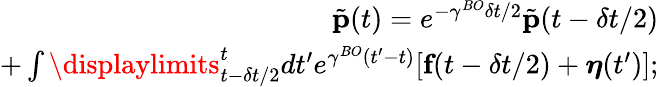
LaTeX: \begin{array}{r}{\tilde{\mathbf{p}}(t)=e^{-\gamma^{BO}\delta t/2}\tilde{\mathbf{p}}(t-\delta t/2)}\\ {+\int\displaylimits_{t-\delta t/2}^{t}dt^{\prime}e^{\gamma^{BO}(t^{\prime}-t)}[\textbf{f}(t-\delta t/2)+\boldsymbol{\eta}(t^{\prime})];}\end{array}